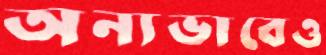
অন্যভাবেও